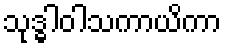
သုဒ္ဓါဝါသကာယိကာ